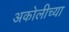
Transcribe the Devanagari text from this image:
अकोलीच्या